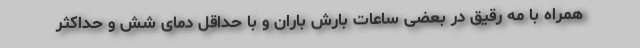
همراه با مه رقیق در بعضی ساعات بارش باران و با حداقل دمای شش و حداکثر